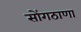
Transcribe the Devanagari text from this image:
सोंगठाणा